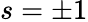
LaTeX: s=\pm 1